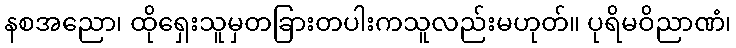
နစအညော၊ ထိုရှေးသူမှတခြားတပါးကသူလည်းမဟုတ်။ ပုရိမဝိညာဏံ၊